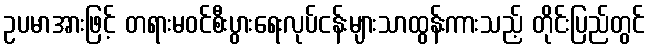
ဥပမာအားဖြင့် တရားမဝင်စီးပွားရေးလုပ်ငန်းများသာထွန်းကားသည့် တိုင်းပြည်တွင်